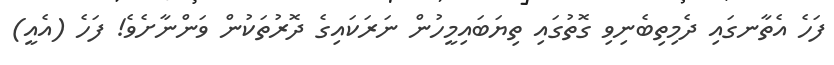
ފަހެ އެތާނގައި ދެމިތިބެނިވި ގޮތުގައި ތިޔަބައިމީހުން ނަރަކައިގެ ދޮރުތަކުން ވަންނާށެވެ! ފަހެ (އެއީ)